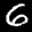
Label: 6